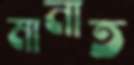
মানাত